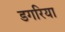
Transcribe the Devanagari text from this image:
डगरिया